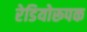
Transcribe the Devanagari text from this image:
रेडियोरूपक